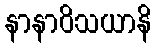
နာနာဝိသယာနိ